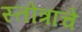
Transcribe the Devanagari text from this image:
स्तोत्रांचे